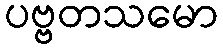
ပဗ္ဗတသမော